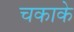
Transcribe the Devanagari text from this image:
चकाके